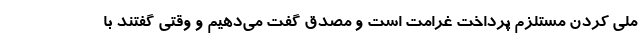
ملی کردن مستلزم پرداخت غرامت است و مصدق گفت می‌دهیم و وقتی گفتند با